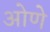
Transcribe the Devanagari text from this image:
ओणे